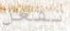
تفعل